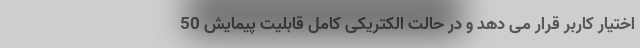
اختیار کاربر قرار می دهد و در حالت الکتریکی کامل قابلیت پیمایش 50